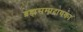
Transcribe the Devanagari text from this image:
ब्रह्मसम्प्रदायका